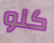
كلو